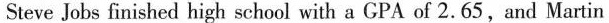
Steve Jobs finished high school with a GPA of 2.65,and Martin